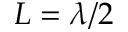
L = \lambda / 2